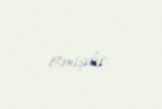
etmişdir.